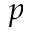
\boldsymbol { p }